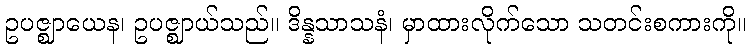
ဥပဇ္ဈာယေန၊ ဥပဇ္ဈာယ်သည်။ ဒိန္နသာသနံ၊ မှာထားလိုက်သော သတင်းစကားကို။